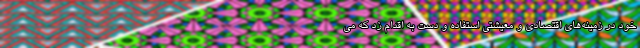
خود در زمینه‌های اقتصادی و معیشتی استفاده و دست به اقدام زد که می